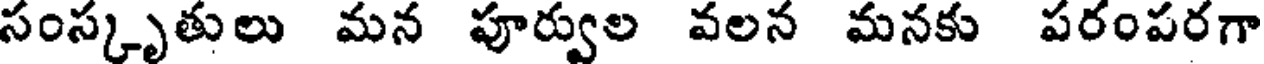
సంస్కృతులు మన పూర్వుల వలన మనకు పరంపరగా